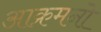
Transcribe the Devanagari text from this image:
आक्रमनो